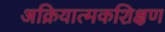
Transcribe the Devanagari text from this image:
अक्रियात्मकशिक्षण